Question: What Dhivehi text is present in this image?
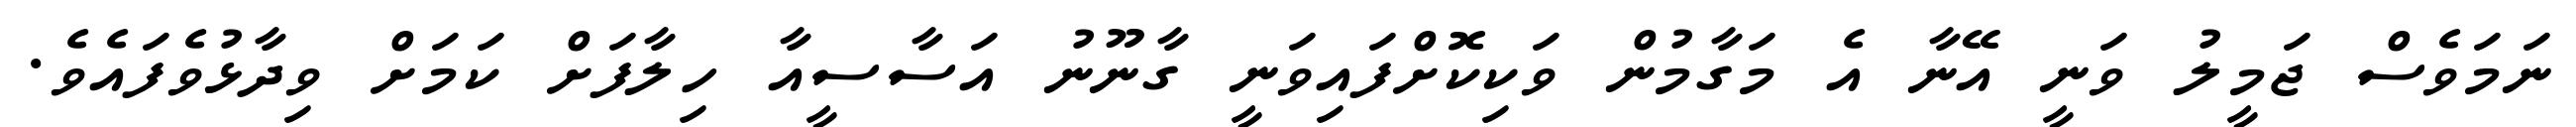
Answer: ނަމަވެސް ޖަމީލު ވަނީ އޭނާ އެ މަގާމުން ވަކިކޮށްފައިވަނީ ގާނޫނު އަސާސީއާ ހިލާފަށް ކަމަށް ވިދާޅުވެފައެވެ.